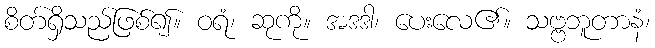
စိတ်ရှိသည်ဖြစ်၍။ ဝရံ၊ ဆုကို။ အဒဒါ၊ ပေးလေ၏။ သဗ္ဗဘူတာနံ၊